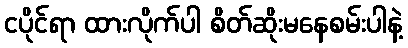
ငပိုင်ရာ ထားလိုက်ပါ စိတ်ဆိုးမနေစမ်းပါနဲ့